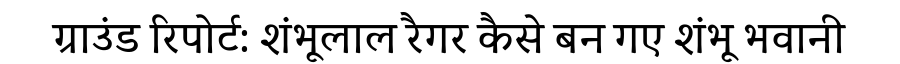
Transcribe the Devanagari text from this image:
ग्राउंड रिपोर्ट: शंभूलाल रैगर कैसे बन गए शंभू भवानी